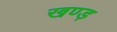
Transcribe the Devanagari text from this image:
खण्ड़